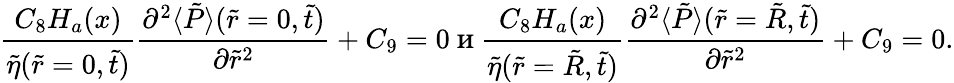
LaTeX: \frac{C_{8}H_{a}(x)}{\tilde{\eta}(\tilde{r}=0,\tilde{t})}\frac{\partial^{2}\langle\tilde{P}\rangle(\tilde{r}=0,\tilde{t})}{\partial\tilde{r}^{2}}+C_{9}=0\mathrm{~и~}\frac{C_{8}H_{a}(x)}{\tilde{\eta}(\tilde{r}=\tilde{R},\tilde{t})}\frac{\partial^{2}\langle\tilde{P}\rangle(\tilde{r}=\tilde{R},\tilde{t})}{\partial\tilde{r}^{2}}+C_{9}=0.